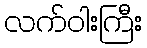
လက်ဝါးကြီး